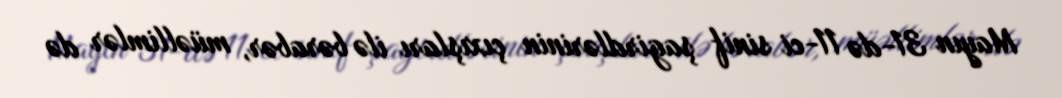
Mayın 31-də 11-ci sinif şagirdlərinin çıxışları ilə bərabər, müəllimlər də